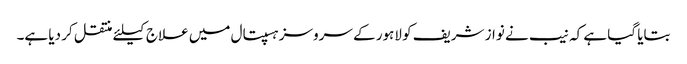
بتایا گیا ہے کہ نیب نے نواز شریف کو لاہور کے سروسز ہسپتال میں علاج کیلئے منتقل کر دیا ہے۔